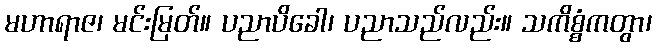
မဟာရာဇ၊ မင်းမြတ်။ ပညာပိခေါ၊ ပညာသည်လည်း။ သကိစ္စံကတွာ၊